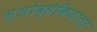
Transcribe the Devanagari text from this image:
स्लोव्हेकियाचा